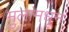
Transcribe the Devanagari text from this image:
मुलांमधून